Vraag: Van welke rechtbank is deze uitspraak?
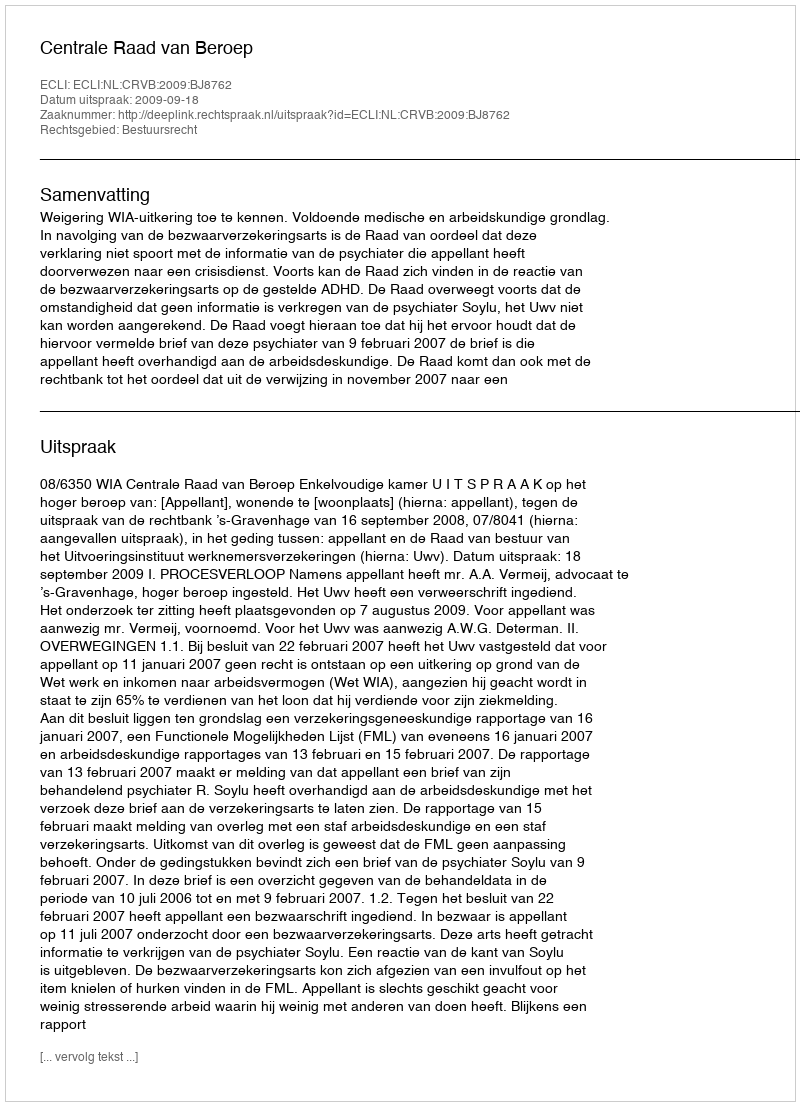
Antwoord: Centrale Raad van Beroep